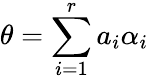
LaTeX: \theta=\sum_{i=1}^{r}a_{i}\alpha_{i}